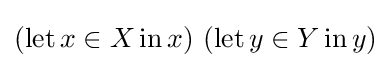
(\operatorname {let} x\in X\operatorname {in} x)\ (\operatorname {let} y\in Y\operatorname {in} y)